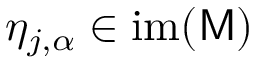
\eta _ { j , \alpha } \in \mathrm { i m } ( \mathsf { M } )